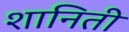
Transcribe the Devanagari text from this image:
शानिती